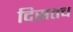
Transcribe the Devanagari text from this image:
दिसतच